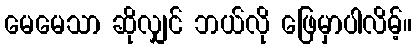
မေမေသာ ဆိုလျှင် ဘယ်လို ဖြေမှာပါလိမ့်။